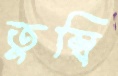
তুম্বি